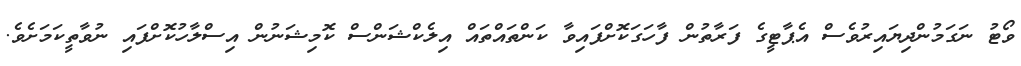
ވޯޓު ނަގަމުންދިޔައިރުވެސް އެޕާޓީގެ ފަރާތުން ފާހަގަކޮށްފައިވާ ކަންތައްތައް އިލެކްޝަންސް ކޮމިޝަނުން އިސްލާހުކޮށްފައި ނުވާތީކަމަށެވެ.